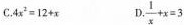
C.$$4 x ^ { 2 } = 1 2 + x$$ D. $$\frac { 1 } { x } + x = 3$$